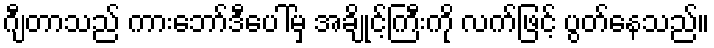
ဂျီတာသည် ကားဘော်ဒီပေါ်မှ အချိုင့်ကြီးကို လက်ဖြင့် ပွတ်နေသည်။